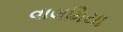
વાલમિયા